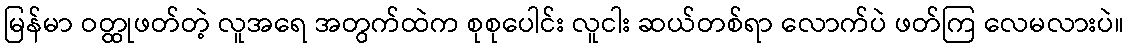
မြန်မာ ဝတ္ထုဖတ်တဲ့ လူအရေ အတွက်ထဲက စုစုပေါင်း လူငါး ဆယ်တစ်ရာ လောက်ပဲ ဖတ်ကြ လေမလားပဲ။